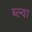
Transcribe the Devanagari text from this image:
ब्ल्वा